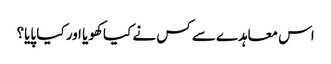
اس معاہدے سے کس نے کیا کھویا اور کیا پایا؟